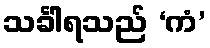
သင်္ခါရသည် ‘ကံ’